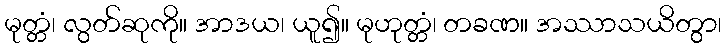
မုတ္တံ၊ လွတ်ဆုကို။ အာဒယ၊ ယူ၍။ မုဟုတ္တံ၊ တခဏ။ အဿာသယိတွာ၊